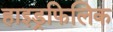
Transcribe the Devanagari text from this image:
हाइड्रफिलिक